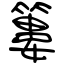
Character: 簍